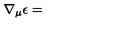
\nabla _ { \mu } \epsilon =